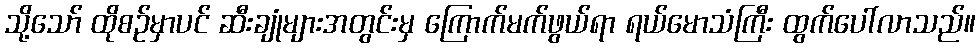
သို့သော် ထိုစဉ်မှာပင် ဆီးချုံများအတွင်းမှ ကြောက်မက်ဖွယ်ရာ ရယ်မောသံကြီး ထွက်ပေါ်လာသည်။